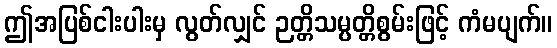
ဤအပြစ်ငါးပါးမှ လွတ်လျှင် ဉတ္တိသမ္ပတ္တိစွမ်းဖြင့် ကံမပျက်။